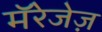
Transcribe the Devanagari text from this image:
मॅरेजेज़